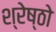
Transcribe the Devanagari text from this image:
श्रेष्ठो